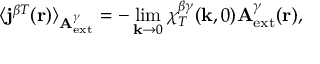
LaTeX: \langle { \bf j } ^ { \beta T } ( { \bf r } ) \rangle _ { { \bf A } _ { \mathrm { e x t } } ^ { \gamma } } = - \operatorname * { l i m } _ { { \bf k } \to 0 } \chi _ { T } ^ { \beta \gamma } ( { \bf k } , 0 ) { \bf A } _ { \mathrm { e x t } } ^ { \gamma } ( { \bf r } ) ,